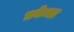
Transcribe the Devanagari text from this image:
प्रकेधा